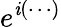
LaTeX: e^{\mathit{i}(\cdots)}